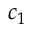
c _ { 1 }